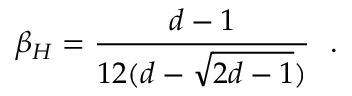
\beta _ { H } = { \frac { d - 1 } { 1 2 ( d - \sqrt { 2 d - 1 } ) } } ~ ~ .